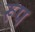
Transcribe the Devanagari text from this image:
रूप्‍ा